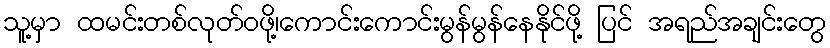
သူ့မှာ ထမင်းတစ်လုတ်ဝဖို့၊ကောင်းကောင်းမွန်မွန်နေနိုင်ဖို့ ပြင် အရည်အချင်းတွေ